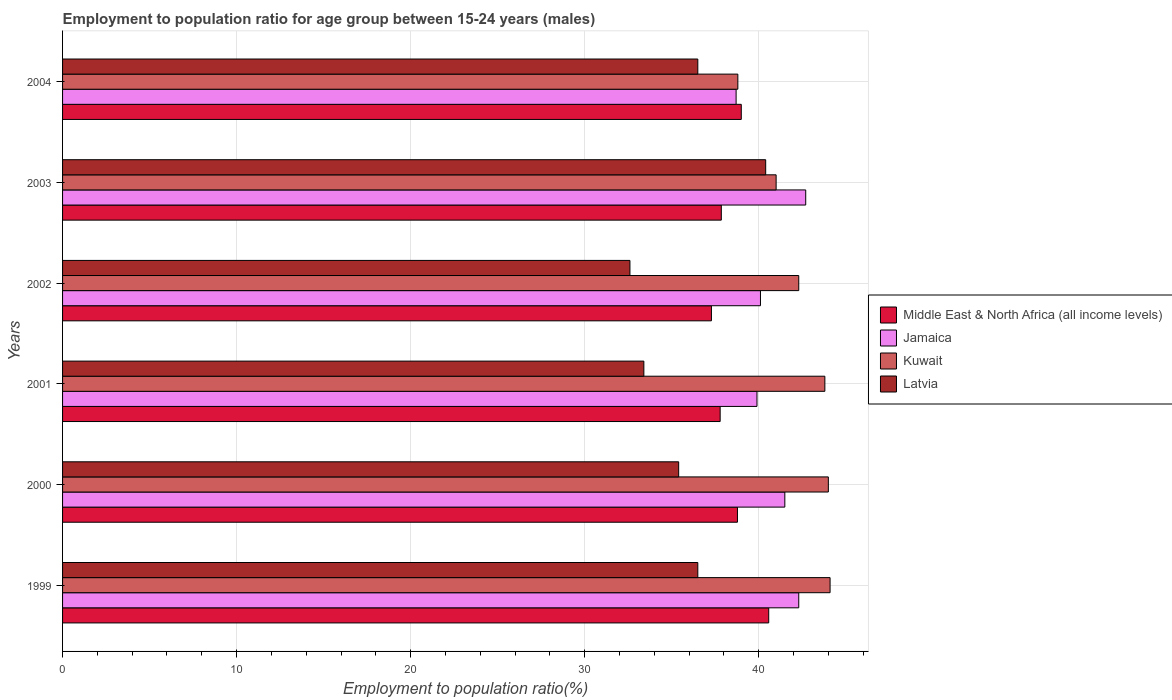
| Years | Middle East & North Africa (all income levels) | Jamaica | Kuwait | Latvia |
 | --- | --- | --- | --- | --- |
 | 1999 | 40.6 | 42.3 | 44.1 | 36.5 |
 | 2000 | 38.8 | 41.5 | 44 | 35.4 |
 | 2001 | 37.8 | 39.9 | 43.8 | 33.4 |
 | 2002 | 37.3 | 40.1 | 42.3 | 32.6 |
 | 2003 | 37.8 | 42.7 | 41 | 40.4 |
 | 2004 | 39 | 38.7 | 38.8 | 36.5 |